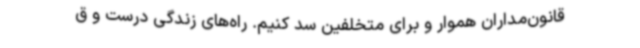
قانون‌مداران هموار و برای متخلفین سد کنیم. راه‌های زندگی درست و ق